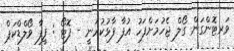
ވަރޓޮންގަން ގޯލް ޖެހުމަށްފަހު އުފާ ފާޅުކުރަނީ - ފޮޓޯ : ފީފާ ވޯލްޑްކަޕް